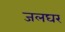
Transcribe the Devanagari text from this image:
जलघर